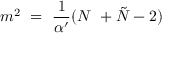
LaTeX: m ^ { 2 } \ = \ { \frac { 1 } { \alpha ^ { \prime } } } ( N \ + { \tilde { N } } - 2 )